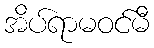
အိပ်ရာမဝင်မီ